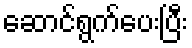
ဆောင်ရွက်ပေးပြီး